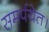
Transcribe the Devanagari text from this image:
समर्पयेत।